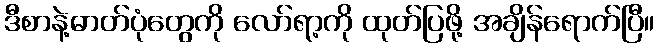
ဒီစာနဲ့ဓာတ်ပုံတွေကို လော်ရာ့ကို ထုတ်ပြဖို့ အချိန်ရောက်ပြီ။